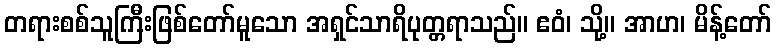
တရားစစ်သူကြီးဖြစ်တော်မူသော အရှင်သာရိပုတ္တရာသည်။ ဧဝံ၊ သို့။ အာဟ၊ မိန့်တော်